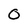
Character: 0